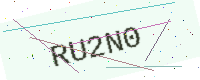
Text: RU2N0